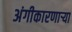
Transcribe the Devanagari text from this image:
अंगीकारणाऱ्या